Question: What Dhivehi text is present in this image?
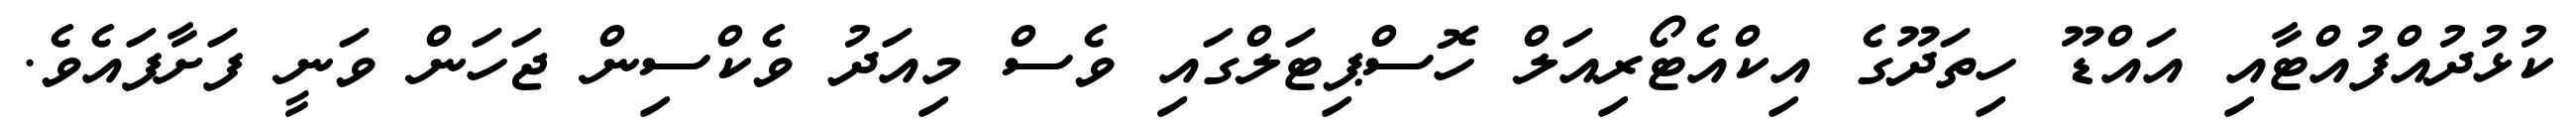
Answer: ކުޅުދުއްފުއްޓާއި އައްޑޫ ހިތަދޫގެ އިކްއެޓޯރިއަލް ހޮސްޕިޓަލްގައި ވެސް މިއަދު ވެކްސިން ޖަހަން ވަނީ ފަށާފައެވެ.